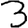
Digit: 3